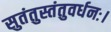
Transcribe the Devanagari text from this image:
सुतंतुस्तंतुवर्धनः।